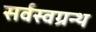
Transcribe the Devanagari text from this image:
सर्वस्वग्रन्थ